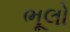
ભૂલો